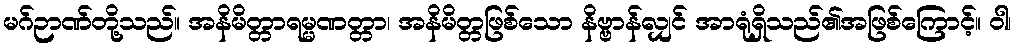
မဂ်ဉာဏ်တို့သည်။ အနိမိတ္တာရမ္မဏတ္တာ၊ အနိမိတ္တဖြစ်သော နိဗ္ဗာန်လျှင် အာရုံရှိသည်၏အဖြစ်ကြောင့်။ ဝါ၊